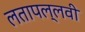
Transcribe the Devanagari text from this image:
लतापल्लवी